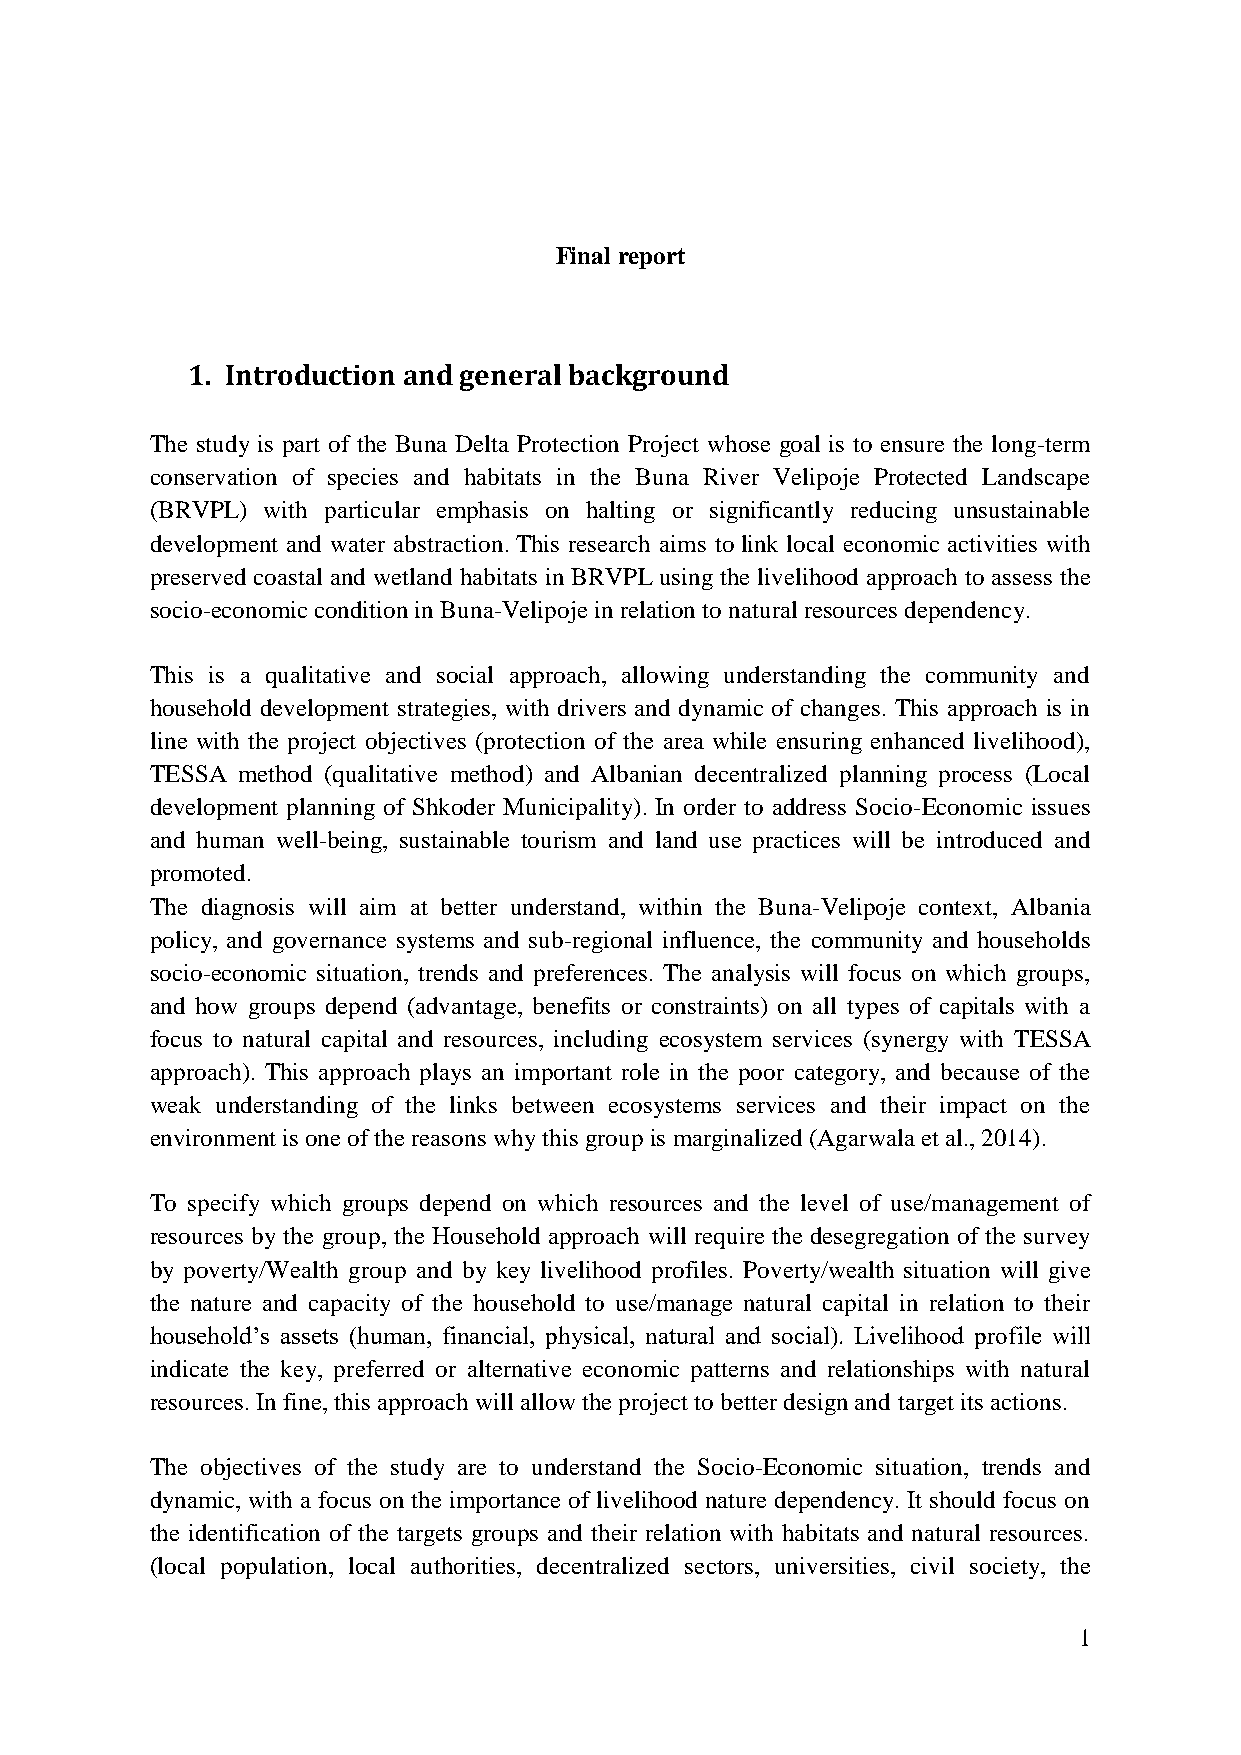
Final report
 1. Introduction and general background
 The study is part of the Buna Delta Protection Project whose goal is to ensure the long-term
 conservation of species and habitats in the Buna River Velipoje Protected Landscape
 (BRVPL) with particular emphasis on halting or significantly reducing unsustainable
 development and water abstraction. This research aims to link local economic activities with
 preserved coastal and wetland habitats in BRVPL using the livelihood approach to assess the
 socio-economic condition in Buna-Velipoje in relation to natural resources dependency.
 This is a qualitative and social approach, allowing understanding the community and
 household development strategies, with drivers and dynamic of changes. This approach is in
 line with the project objectives (protection of the area while ensuring enhanced livelihood),
 TESSA method (qualitative method) and Albanian decentralized planning process (Local
 development planning of Shkoder Municipality). In order to address Socio-Economic issues
 and human well-being, sustainable tourism and land use practices will be introduced and
 promoted.
 The diagnosis will aim at better understand, within the Buna-Velipoje context, Albania
 policy, and governance systems and sub-regional influence, the community and households
 socio-economic situation, trends and preferences. The analysis will focus on which groups,
 and how groups depend (advantage, benefits or constraints) on all types of capitals with a
 focus to natural capital and resources, including ecosystem services (synergy with TESSA
 approach). This approach plays an important role in the poor category, and because of the
 weak understanding of the links between ecosystems services and their impact on the
 environment is one of the reasons why this group is marginalized (Agarwala et al., 2014).
 To specify which groups depend on which resources and the level of use/management of
 resources by the group, the Household approach will require the desegregation of the survey
 by poverty/Wealth group and by key livelihood profiles. Poverty/wealth situation will give
 the nature and capacity of the household to use/manage natural capital in relation to their
 household‟s assets (human, financial, physical, natural and social). Livelihood profile will
 indicate the key, preferred or alternative economic patterns and relationships with natural
 resources. In fine, this approach will allow the project to better design and target its actions.
 The objectives of the study are to understand the Socio-Economic situation, trends and
 dynamic, with a focus on the importance of livelihood nature dependency. It should focus on
 the identification of the targets groups and their relation with habitats and natural resources.
 (local population, local authorities, decentralized sectors, universities, civil society, the
 1